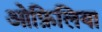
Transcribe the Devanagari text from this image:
ओफ़िलिया